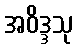
အဝိဒ္ဒသု